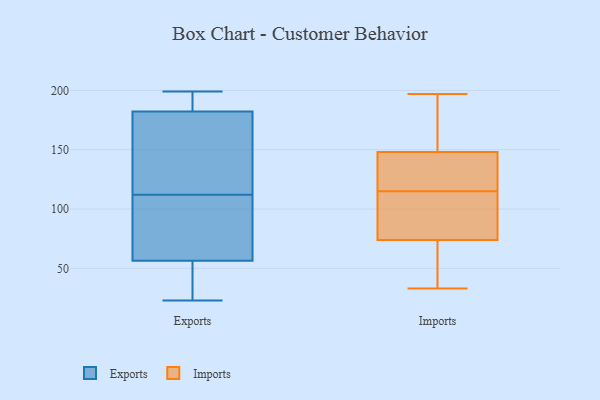
{"axis": {"x": "LTV (USD)", "y": "Value"}, "legend": ["Exports", "Imports"], "data": [{"x": "", "y": 76, "type": "Exports"}, {"x": "", "y": 176, "type": "Exports"}, {"x": "", "y": 86, "type": "Exports"}, {"x": "", "y": 112, "type": "Exports"}, {"x": "", "y": 23, "type": "Exports"}, {"x": "", "y": 126, "type": "Exports"}, {"x": "", "y": 187, "type": "Exports"}, {"x": "", "y": 64, "type": "Exports"}, {"x": "", "y": 27, "type": "Exports"}, {"x": "", "y": 183, "type": "Exports"}, {"x": "", "y": 199, "type": "Exports"}, {"x": "", "y": 182, "type": "Exports"}, {"x": "", "y": 157, "type": "Exports"}, {"x": "", "y": 52, "type": "Exports"}, {"x": "", "y": 58, "type": "Exports"}, {"x": "", "y": 192, "type": "Exports"}, {"x": "", "y": 25, "type": "Exports"}, {"x": "", "y": 145, "type": "Imports"}, {"x": "", "y": 157, "type": "Imports"}, {"x": "", "y": 48, "type": "Imports"}, {"x": "", "y": 125, "type": "Imports"}, {"x": "", "y": 148, "type": "Imports"}, {"x": "", "y": 197, "type": "Imports"}, {"x": "", "y": 112, "type": "Imports"}, {"x": "", "y": 36, "type": "Imports"}, {"x": "", "y": 118, "type": "Imports"}, {"x": "", "y": 79, "type": "Imports"}, {"x": "", "y": 117, "type": "Imports"}, {"x": "", "y": 59, "type": "Imports"}, {"x": "", "y": 175, "type": "Imports"}, {"x": "", "y": 74, "type": "Imports"}, {"x": "", "y": 113, "type": "Imports"}, {"x": "", "y": 190, "type": "Imports"}, {"x": "", "y": 33, "type": "Imports"}, {"x": "", "y": 97, "type": "Imports"}]}